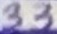
Text: 33